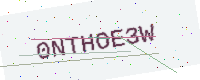
Text: 0NTHOE3W